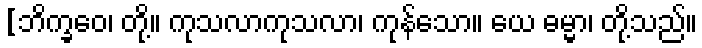
[ဘိက္ခဝေ၊ တို့။ ကုသလာကုသလာ၊ ကုန်သော။ ယေ ဓမ္မာ၊ တို့သည်။